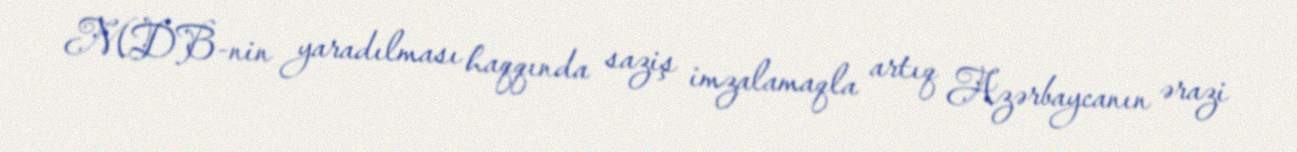
MDB-nin yaradılması haqqında saziş imzalamaqla artıq Azərbaycanın ərazi